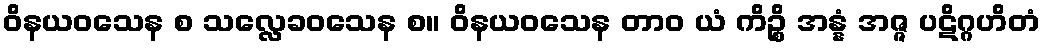
ဝိနယဝသေန စ သလ္လေခဝသေန စ။ ဝိနယဝသေန တာဝ ယံ ကိဉ္စိ အန္နံ အဇ္ဇ ပဋိဂ္ဂဟိတံ